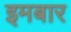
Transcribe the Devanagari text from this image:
इमबार